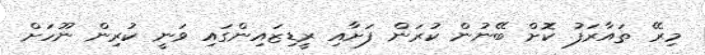
މިރޭ ތައާރަފު ކޮށް ބޭނުން ކުރަން ފަށާއި ރީޑިޒައިންގައި ވަނީ ކުރިން ނޫހަށް